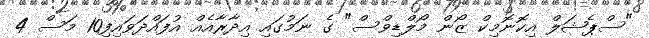
"ސްޕެޝަލް އިކޮނޮމިކް ޒޯން މޯލްޑިވްސް" ގެ ނަމުގައި އިދާރާއެއް އުފައްދަވައިފި10 މަސް 4